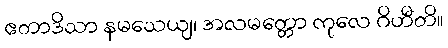
ဧတာဒိသာ နမသေယျ၊ အလမတ္တော ကုလေ ဂိဟီတိ။